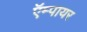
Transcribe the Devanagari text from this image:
ऍम्पायर